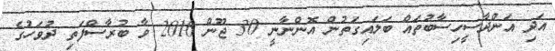
އަދި އަންދާސީހިސާބުތައް ބަލައިގަތުން އޮންނާނީ 30 ޖޫން 2016 ވާ ބުރާސްފަތި ދުވަހުގެ